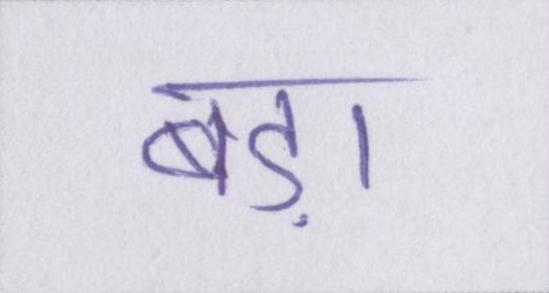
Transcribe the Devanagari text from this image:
बड़ा